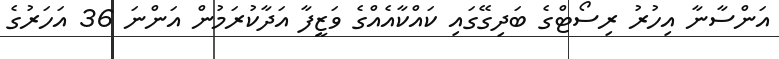
އަންސާނާ އިހުރު ރިސޯޓްގެ ބަދިގޭގައި ކައްކާއެއްގެ ވަޒީފާ އަދާކުރަމުން އަންނަ 36 އަހަރުގެ